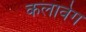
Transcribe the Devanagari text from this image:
कलावेग